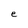
Character: e